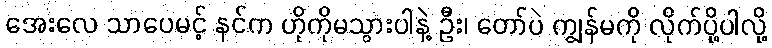
အေးလေ သာပေမင့် နင်က ဟိုကိုမသွားပါနဲ့ ဦး၊ တော်ပဲ ကျွန်မကို လိုက်ပို့ပါလို့